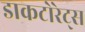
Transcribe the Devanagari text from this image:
डाकटोरेट्स